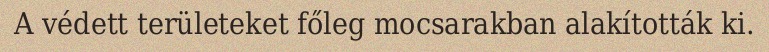
A védett területeket főleg mocsarakban alakították ki.